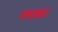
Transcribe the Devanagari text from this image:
नफाकर